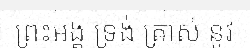
ព្រះឣង្គ ទ្រង់ ត្រាស់ នូវ